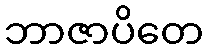
ဘာဇာပိတေ